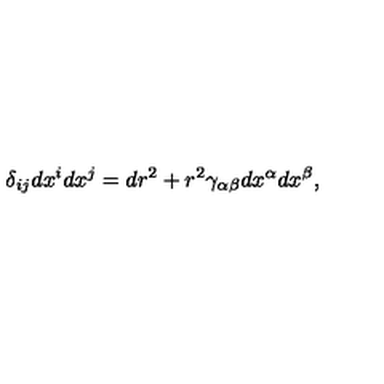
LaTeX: \delta _ { i j } d x ^ { i } d x ^ { j } = d r ^ { 2 } + r ^ { 2 } \gamma _ { \alpha \beta } d x ^ { \alpha } d x ^ { \beta } ,